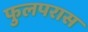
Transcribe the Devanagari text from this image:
फुलपरास